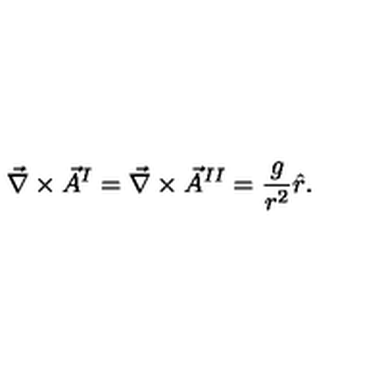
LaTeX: \vec { \nabla } \times \vec { A } ^ { I } = \vec { \nabla } \times \vec { A } ^ { I I } = { \frac { g } { r ^ { 2 } } } \hat { r } .